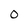
Character: 0